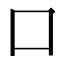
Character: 口